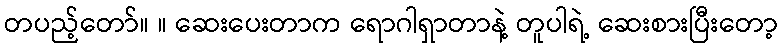
တပည့်တော်။ ။ ဆေးပေးတာက ရောဂါရှာတာနဲ့ တူပါရဲ့ ဆေးစားပြီးတော့